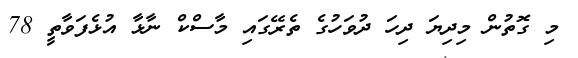
މި ގޮތުން މިދިޔަ ދިހަ ދުވަހުގެ ތެރޭގައި މާސްކް ނާޅާ އުޅެފަވާތީ 78